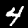
Label: 4